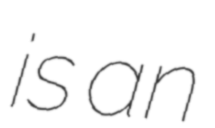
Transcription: is an